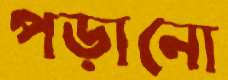
পড়ানো